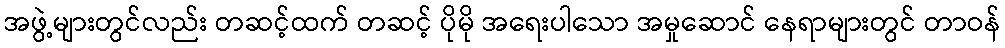
အဖွဲ့များတွင်လည်း တဆင့်ထက် တဆင့် ပိုမို အရေးပါသော အမှုဆောင် နေရာများတွင် တာဝန်